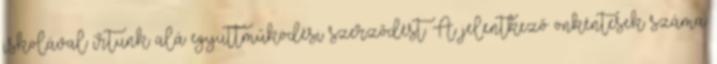
iskolával írtunk alá együttműködési szerződést. A jelentkező önkéntesek száma